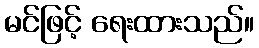
မင်ဖြင့် ရေးထားသည်။